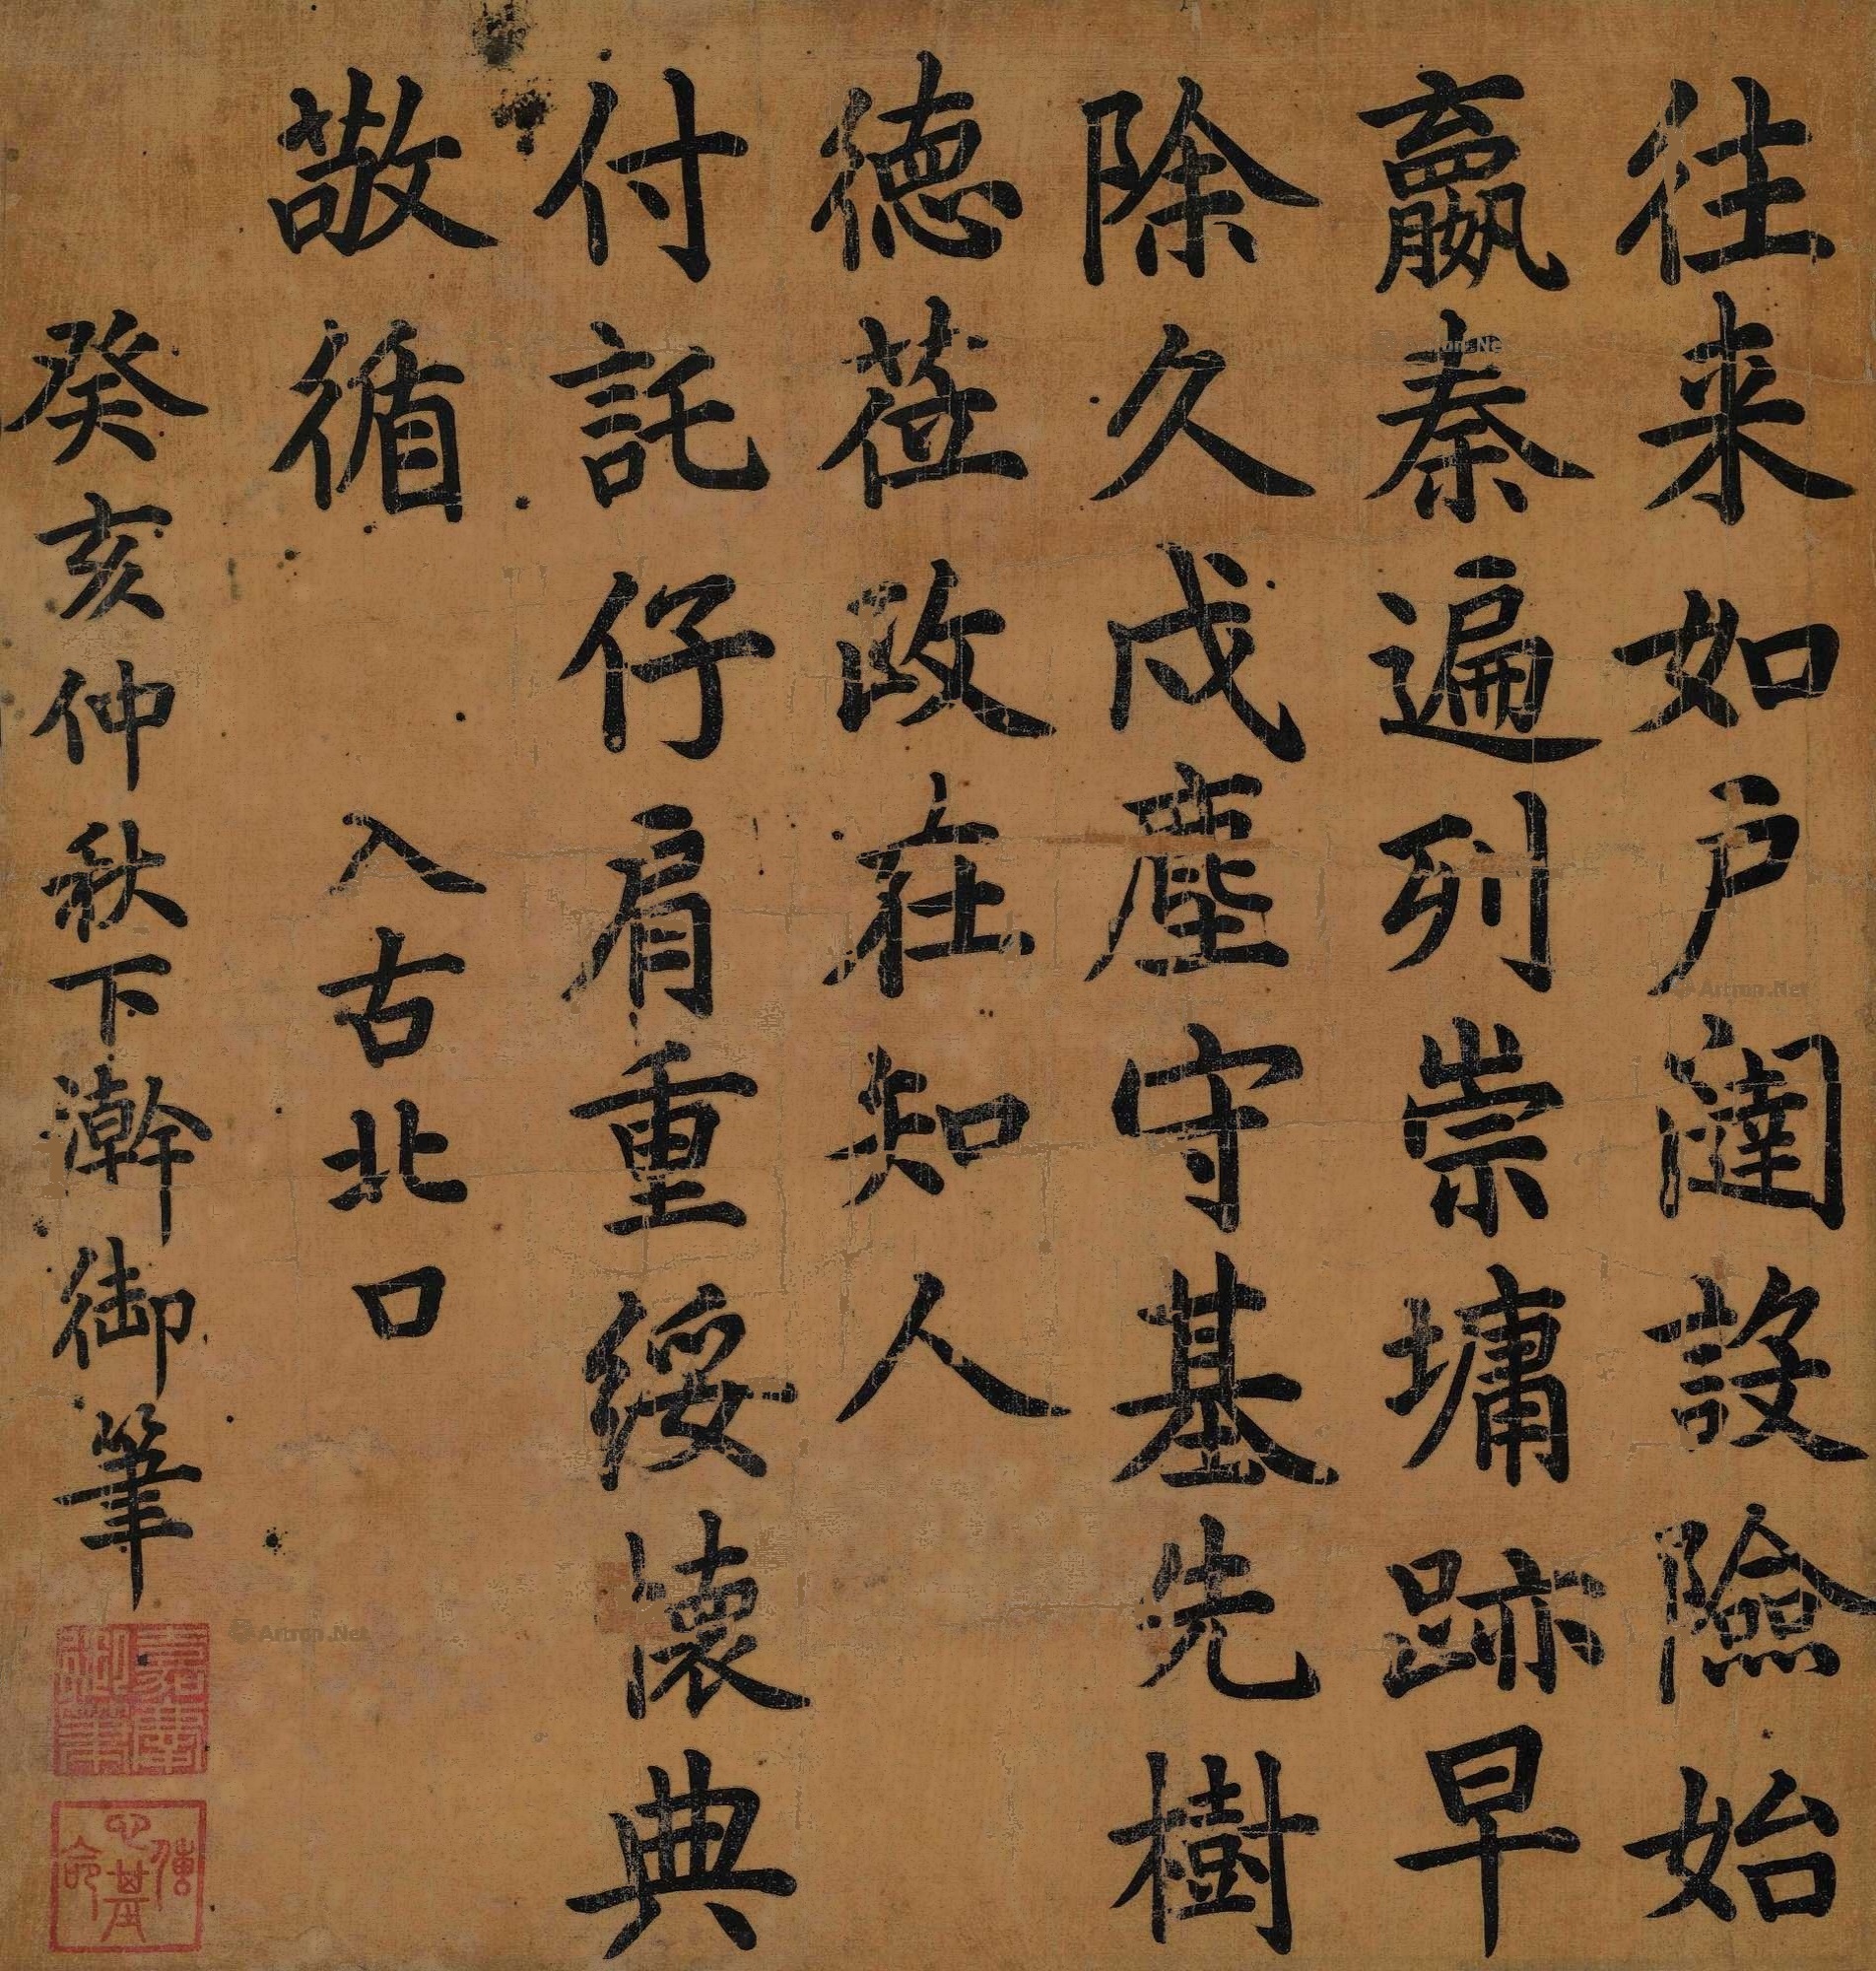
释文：往来如户闼、设险始嬴秦。遍列崇墉迹，早除久戍尘。守基先树德，莅政在知人。付托仔肩重，绥怀典敬循。入古北口，癸亥仲秋下浣御笔。